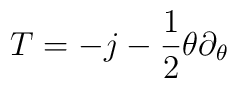
T = - j - {1 \over 2} \theta \partial_{\theta}